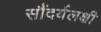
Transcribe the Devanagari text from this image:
सौंदर्यलक्षी